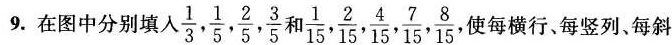
9. 在图中分别填入 \frac{1}{3}, \frac{1}{5}, \frac{2}{5}, \frac{3}{5} 和 \frac{1}{15}, \frac{2}{15}, \frac{4}{15}, \frac{7}{15}, \frac{8}{15} 使每横行每竖列、每斜